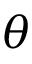
\theta